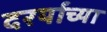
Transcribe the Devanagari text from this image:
दरर्याच्या